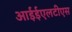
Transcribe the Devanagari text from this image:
आईईएलटीएस